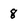
Character: 8